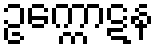
ဥက္ကောဋန